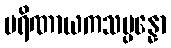
ပရိဏာယကသမ္ပန္နော